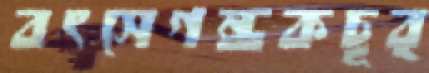
বৎসেগন্ধকচূর্